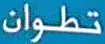
تطوان